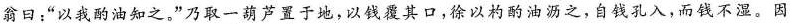
翁日：”以我酌油知之。”乃取一葫芦置于地，以钱覆其口，徐以杓酌油沥之，自钱孔入，而钱不湿。因